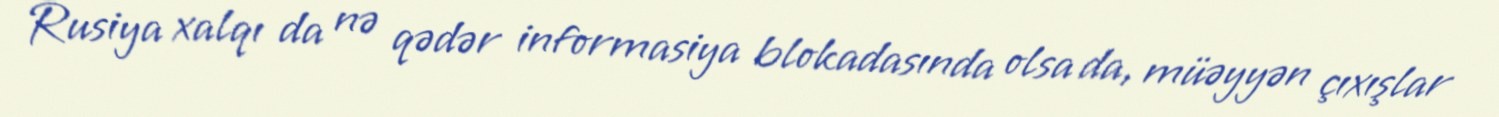
Rusiya xalqı da nə qədər informasiya blokadasında olsa da, müəyyən çıxışlar